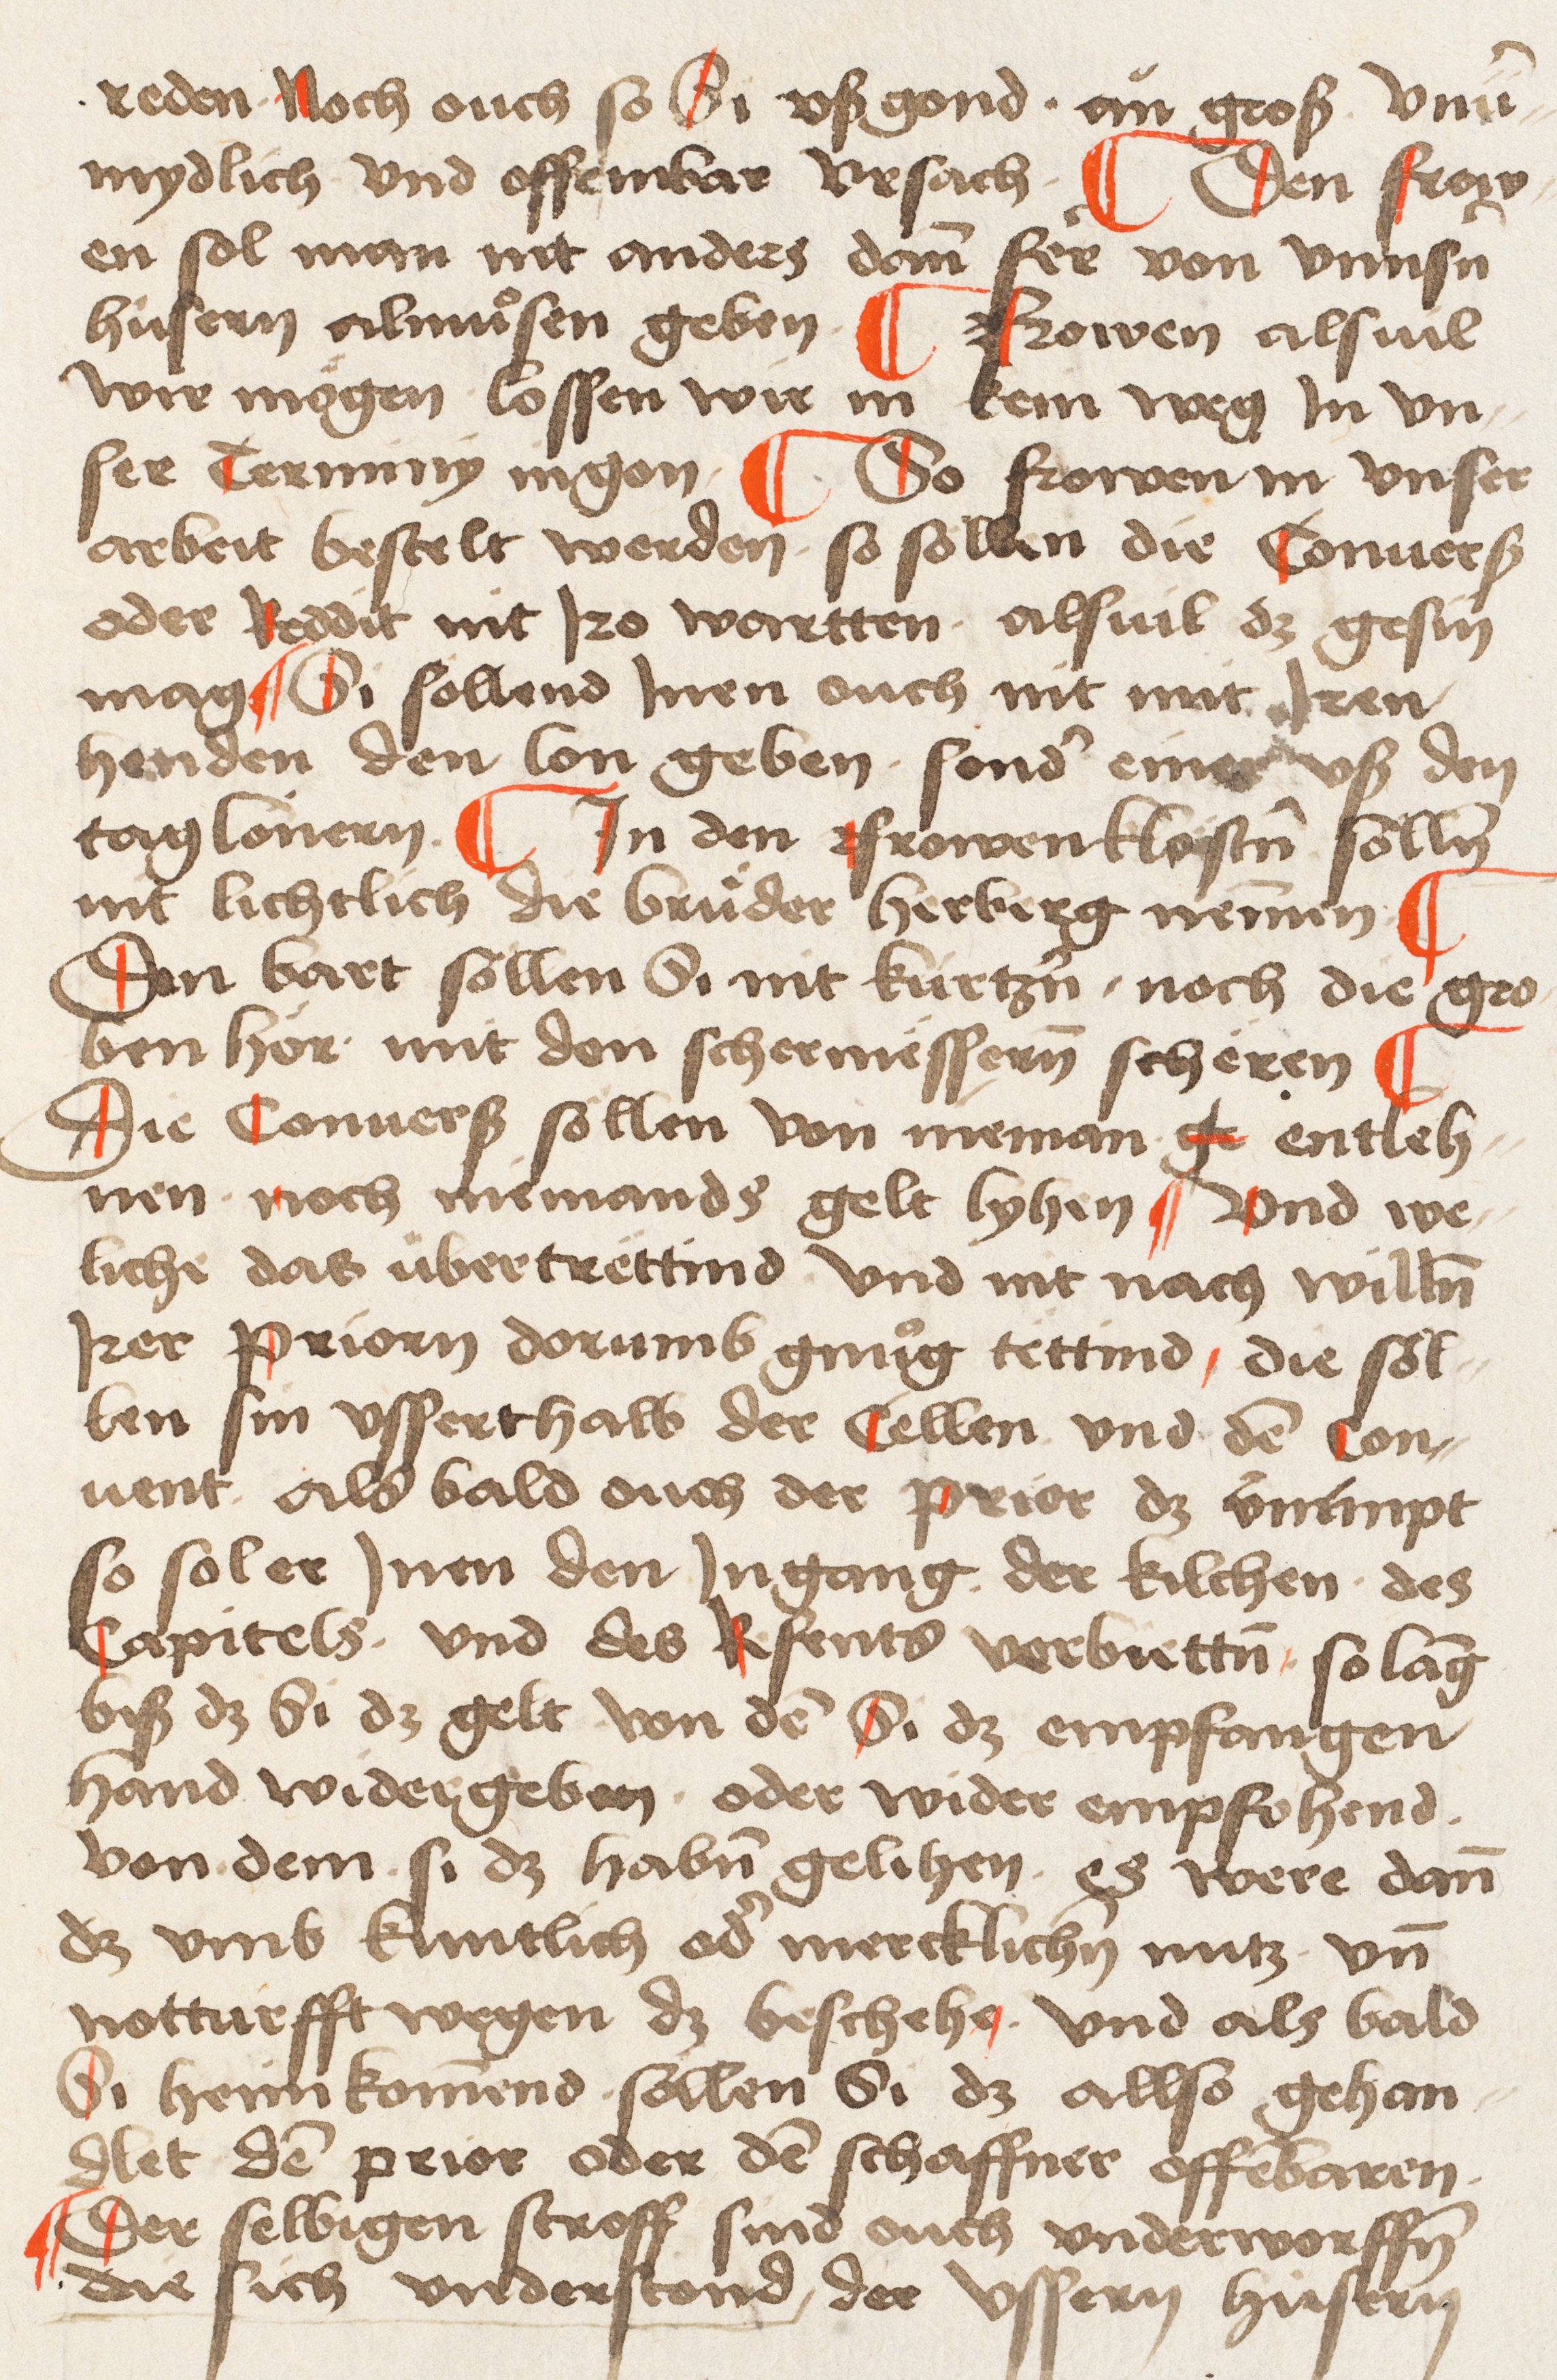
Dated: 1495–1514